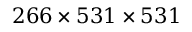
2 6 6 \times 5 3 1 \times 5 3 1